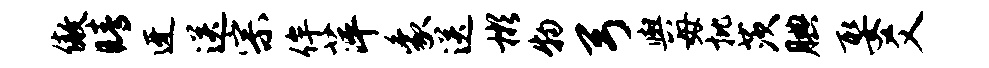
傲睛迓送宗侔萍象送彬物弓舆毋批茨腆娶爻